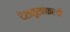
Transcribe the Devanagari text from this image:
देशमुखांकरवी